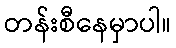
တန်းစီနေမှာပါ။